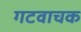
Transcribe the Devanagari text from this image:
गटवाचक